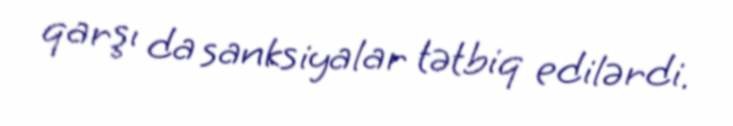
qarşı da sanksiyalar tətbiq edilərdi.